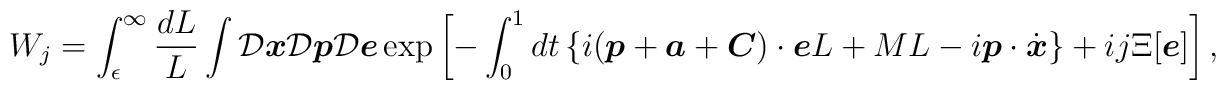
W_j=\int_{\epsilon}^{\infty} \frac{dL}{L}\int {\cal D}{\mbox{\boldmath $x$}}{\cal D}{\mbox{\boldmath $p$}}{\cal D}{\mbox{\boldmath $e$}}\exp \left[ -\int_0^1 dt \left\{ i({\mbox{\boldmath $p$}}+ {\mbox{\boldmath $a$}} + {\mbox{\boldmath $C$}}) \cdot {\mbox{\boldmath $e$}} L+ M L - i{\mbox{\boldmath $p$}} \cdot \dot{{\mbox{\boldmath$x$}}} \right\} +ij \Xi [{\mbox{\boldmath $e$}}] \right],